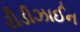
રીડીઝાઈન